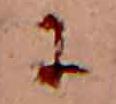
に